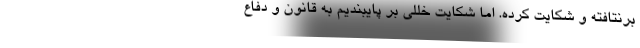
برنتافته و شکایت کرده. اما شکایت خللی بر پایبندیم به قانون و دفاع